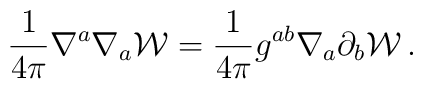
\frac{1}{4\pi}\nabla^a\nabla_a {\cal W}=\frac{1}{4\pi}g^{ab}\nabla_a\partial_b {\cal W}\,.